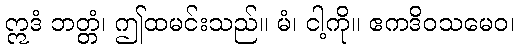
ဣဒံ ဘတ္တံ၊ ဤထမင်းသည်။ မံ၊ ငါ့ကို။ ဧကဒိဝသမေဝ၊